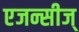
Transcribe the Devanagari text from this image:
एजन्सीज्